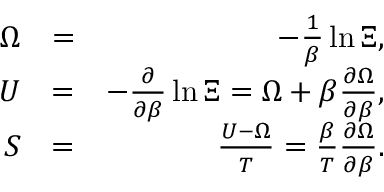
\begin{array} { r l r } { \Omega } & { = } & { - \frac { 1 } { \beta } \ln \Xi , } \\ { U } & { = } & { - \frac { \partial } { \partial \beta } \ln \Xi = \Omega + \beta \frac { \partial \Omega } { \partial \beta } , } \\ { S } & { = } & { \frac { U - \Omega } { T } = \frac { \beta } { T } \frac { \partial \Omega } { \partial \beta } . } \end{array}